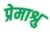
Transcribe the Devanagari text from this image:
प्रेमाश्रु